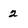
Character: 2